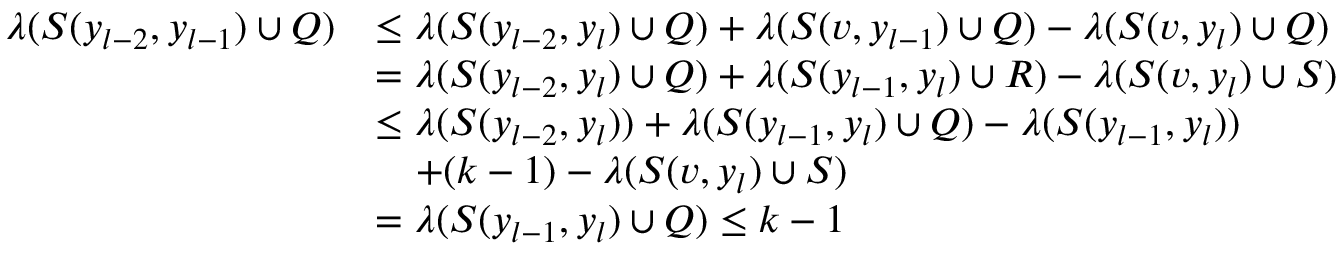
\begin{array} { r l } { \lambda ( S ( y _ { l - 2 } , y _ { l - 1 } ) \cup Q ) } & { \leq \lambda ( S ( y _ { l - 2 } , y _ { l } ) \cup Q ) + \lambda ( S ( v , y _ { l - 1 } ) \cup Q ) - \lambda ( S ( v , y _ { l } ) \cup Q ) } \\ & { = \lambda ( S ( y _ { l - 2 } , y _ { l } ) \cup Q ) + \lambda ( S ( y _ { l - 1 } , y _ { l } ) \cup R ) - \lambda ( S ( v , y _ { l } ) \cup S ) } \\ & { \leq \lambda ( S ( y _ { l - 2 } , y _ { l } ) ) + \lambda ( S ( y _ { l - 1 } , y _ { l } ) \cup Q ) - \lambda ( S ( y _ { l - 1 } , y _ { l } ) ) } \\ & { \quad + ( k - 1 ) - \lambda ( S ( v , y _ { l } ) \cup S ) } \\ & { = \lambda ( S ( y _ { l - 1 } , y _ { l } ) \cup Q ) \leq k - 1 } \end{array}